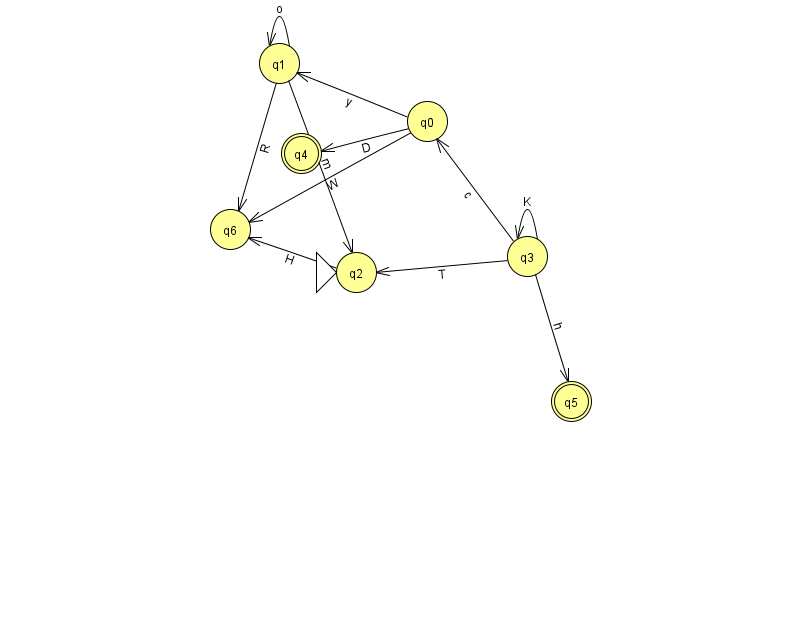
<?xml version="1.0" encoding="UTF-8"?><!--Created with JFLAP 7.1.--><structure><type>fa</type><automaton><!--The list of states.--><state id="0" name="q0"><x>427.0</x><y>108.0</y></state><state id="1" name="q1"><x>279.0</x><y>50.0</y></state><state id="2" name="q2"><x>356.0</x><y>259.0</y><initial/></state><state id="3" name="q3"><x>527.0</x><y>243.0</y></state><state id="4" name="q4"><x>301.0</x><y>140.0</y><final/></state><state id="5" name="q5"><x>571.0</x><y>388.0</y><final/></state><state id="6" name="q6"><x>230.0</x><y>216.0</y></state><!--The list of transitions.--><transition><from>2</from><to>6</to><read>H</read></transition><transition><from>0</from><to>1</to><read>y</read></transition><transition><from>3</from><to>0</to><read>c</read></transition><transition><from>0</from><to>6</to><read>W</read></transition><transition><from>0</from><to>4</to><read>D</read></transition><transition><from>1</from><to>6</to><read>R</read></transition><transition><from>3</from><to>3</to><read>K</read></transition><transition><from>1</from><to>2</to><read>m</read></transition><transition><from>3</from><to>5</to><read>h</read></transition><transition><from>1</from><to>1</to><read>o</read></transition><transition><from>3</from><to>2</to><read>T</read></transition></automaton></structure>